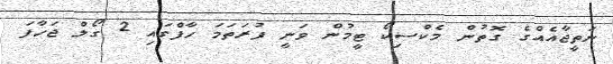
ނަތީޖާއެއްގެ ގޮތުން މެކްސިކޯ ޓީމުން ވަނީ ފުރަތަމަ ހާފްގައި 2 ގޯލް ޖަހާފަ